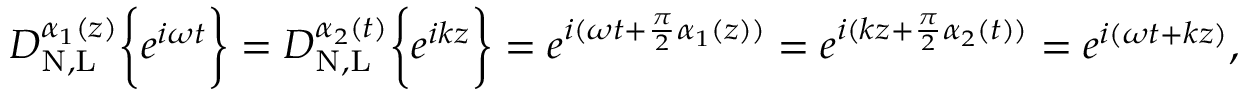
D _ { \mathrm { N , L } } ^ { \alpha _ { 1 } ( z ) } \bigg \{ { e ^ { i \omega t } \bigg \} } = D _ { \mathrm { N , L } } ^ { \alpha _ { 2 } ( t ) } \bigg \{ { e ^ { i k z } \bigg \} } = e ^ { i ( \omega t + \frac { \pi } { 2 } \alpha _ { 1 } ( z ) ) } = e ^ { i ( k z + \frac { \pi } { 2 } \alpha _ { 2 } ( t ) ) } = e ^ { i ( \omega t + k z ) } ,